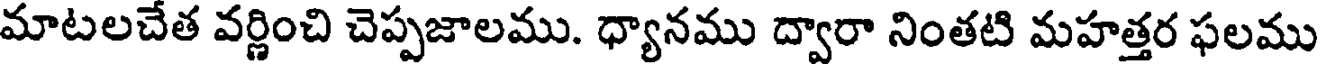
మాటలచేత వర్ణించి చెప్పజాలము. ధ్యానము ద్వారా నింతటి మహత్తర ఫలము